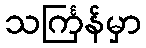
သင်္ကြန်မှာ